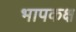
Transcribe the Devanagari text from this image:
भापकक्ष